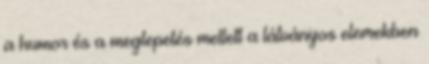
a humor és a meglepetés mellett a látványos elemekben